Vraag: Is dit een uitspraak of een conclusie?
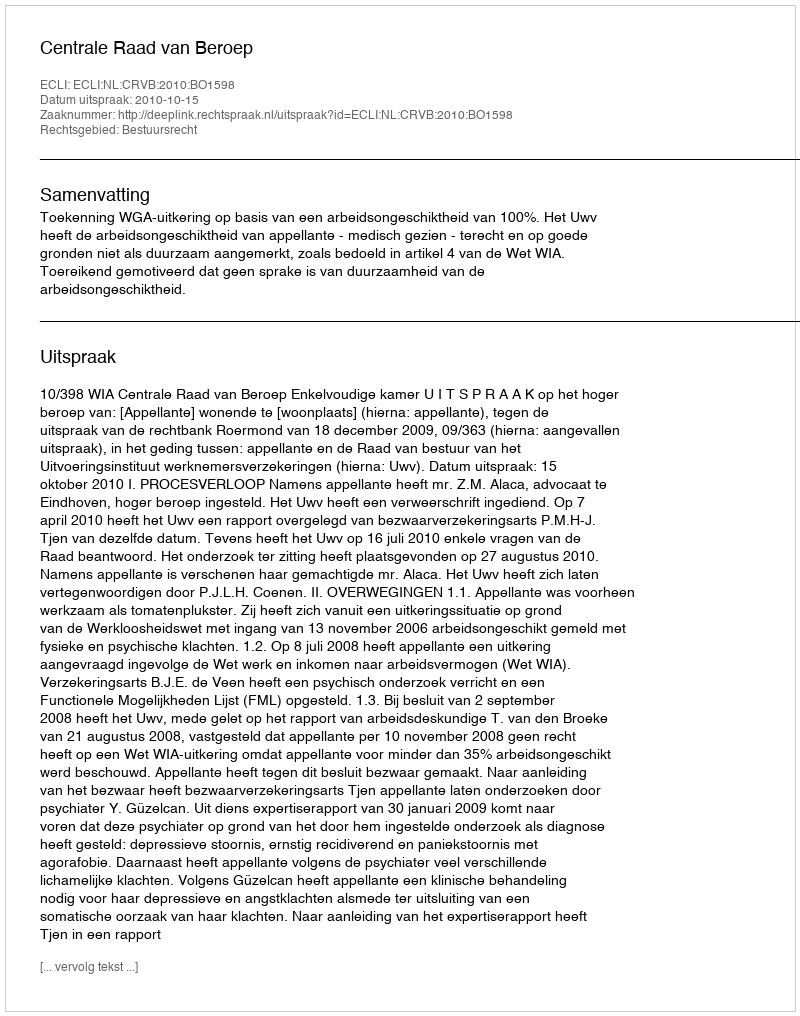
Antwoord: Uitspraak